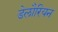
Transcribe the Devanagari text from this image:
डेलौरियन